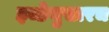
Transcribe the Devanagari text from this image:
इच्छेनुसारच